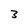
Character: 3